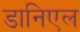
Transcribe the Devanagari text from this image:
डानिएल